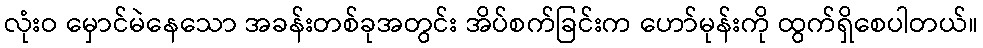
လုံးဝ မှောင်မဲနေသော အခန်းတစ်ခုအတွင်း အိပ်စက်ခြင်းက ဟော်မုန်းကို ထွက်ရှိစေပါတယ်။